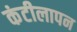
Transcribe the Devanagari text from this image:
कंटीलापन